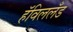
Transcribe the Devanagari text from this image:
हॅविललँड